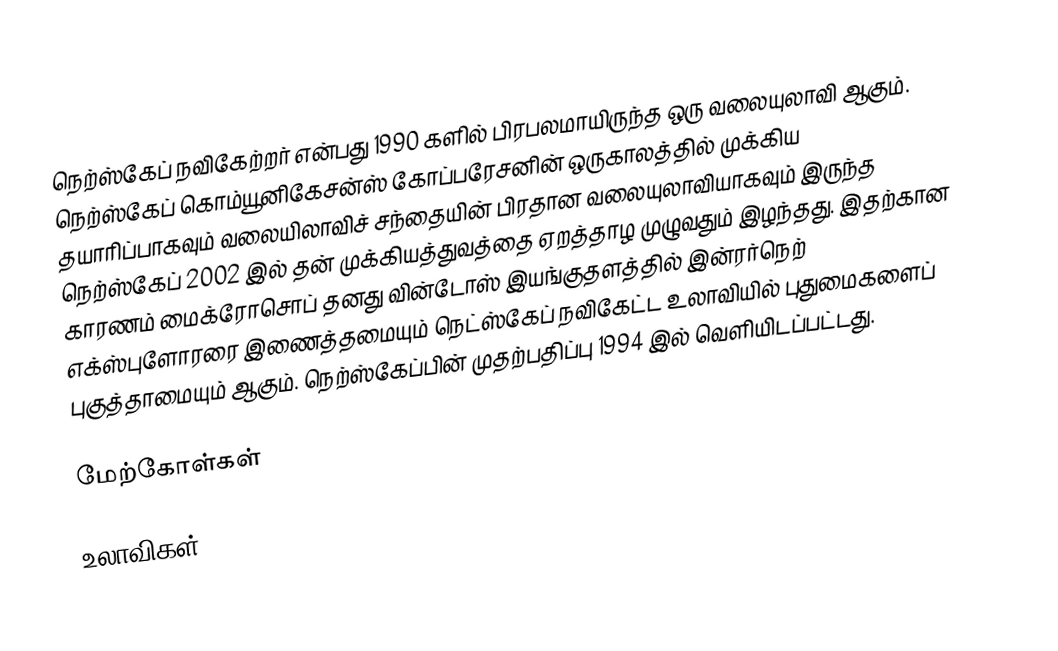
நெற்ஸ்கேப் நவிகேற்றர் என்பது 1990 களில் பிரபலமாயிருந்த ஒரு வலையுலாவி ஆகும். நெற்ஸ்கேப் கொம்யூனிகேசன்ஸ் கோப்பரேசனின் ஒருகாலத்தில் முக்கிய தயாரிப்பாகவும் வலையிலாவிச் சந்தையின் பிரதான வலையுலாவியாகவும் இருந்த நெற்ஸ்கேப் 2002 இல் தன் முக்கியத்துவத்தை ஏறத்தாழ முழுவதும் இழந்தது. இதற்கான காரணம் மைக்ரோசொப் தனது வின்டோஸ் இயங்குதளத்தில் இன்ரர்நெற் எக்ஸ்புளோரரை இணைத்தமையும் நெட்ஸ்கேப் நவிகேட்ட உலாவியில் புதுமைகளைப் புகுத்தாமையும் ஆகும். நெற்ஸ்கேப்பின் முதற்பதிப்பு 1994 இல் வெளியிடப்பட்டது.

மேற்கோள்கள்

உலாவிகள்